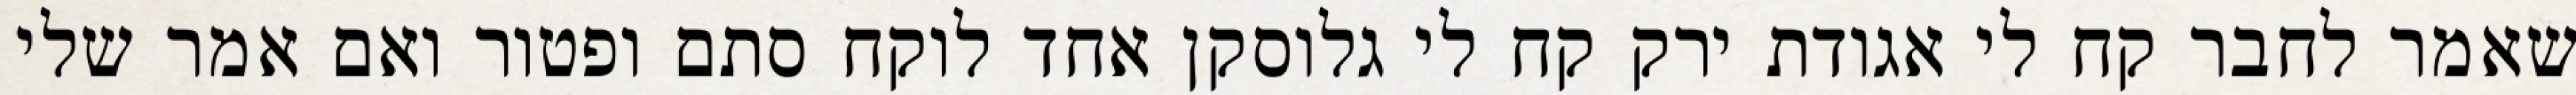
שאמר לחבר קח לי אגודת ירק קח לי גלוסקן אחד לוקח סתם ופטור ואם אמר שלי